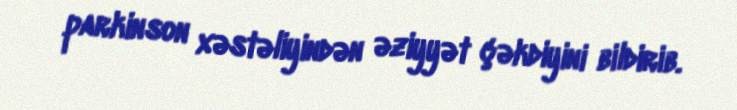
parkinson xəstəliyindən əziyyət çəkdiyini bildirib.